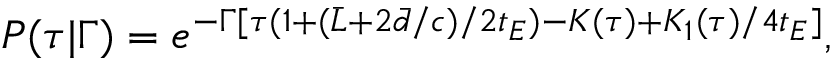
P ( \tau \vert \Gamma ) = e ^ { - \Gamma [ \tau ( 1 + ( \bar { L } + 2 \bar { d } / c ) / 2 t _ { E } ) - K ( \tau ) + K _ { 1 } ( \tau ) / 4 t _ { E } ] } ,